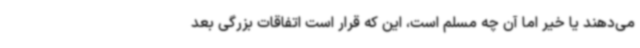
می‌دهند یا خیر اما آن چه مسلم است، این که قرار است اتفاقات بزرگی بعد